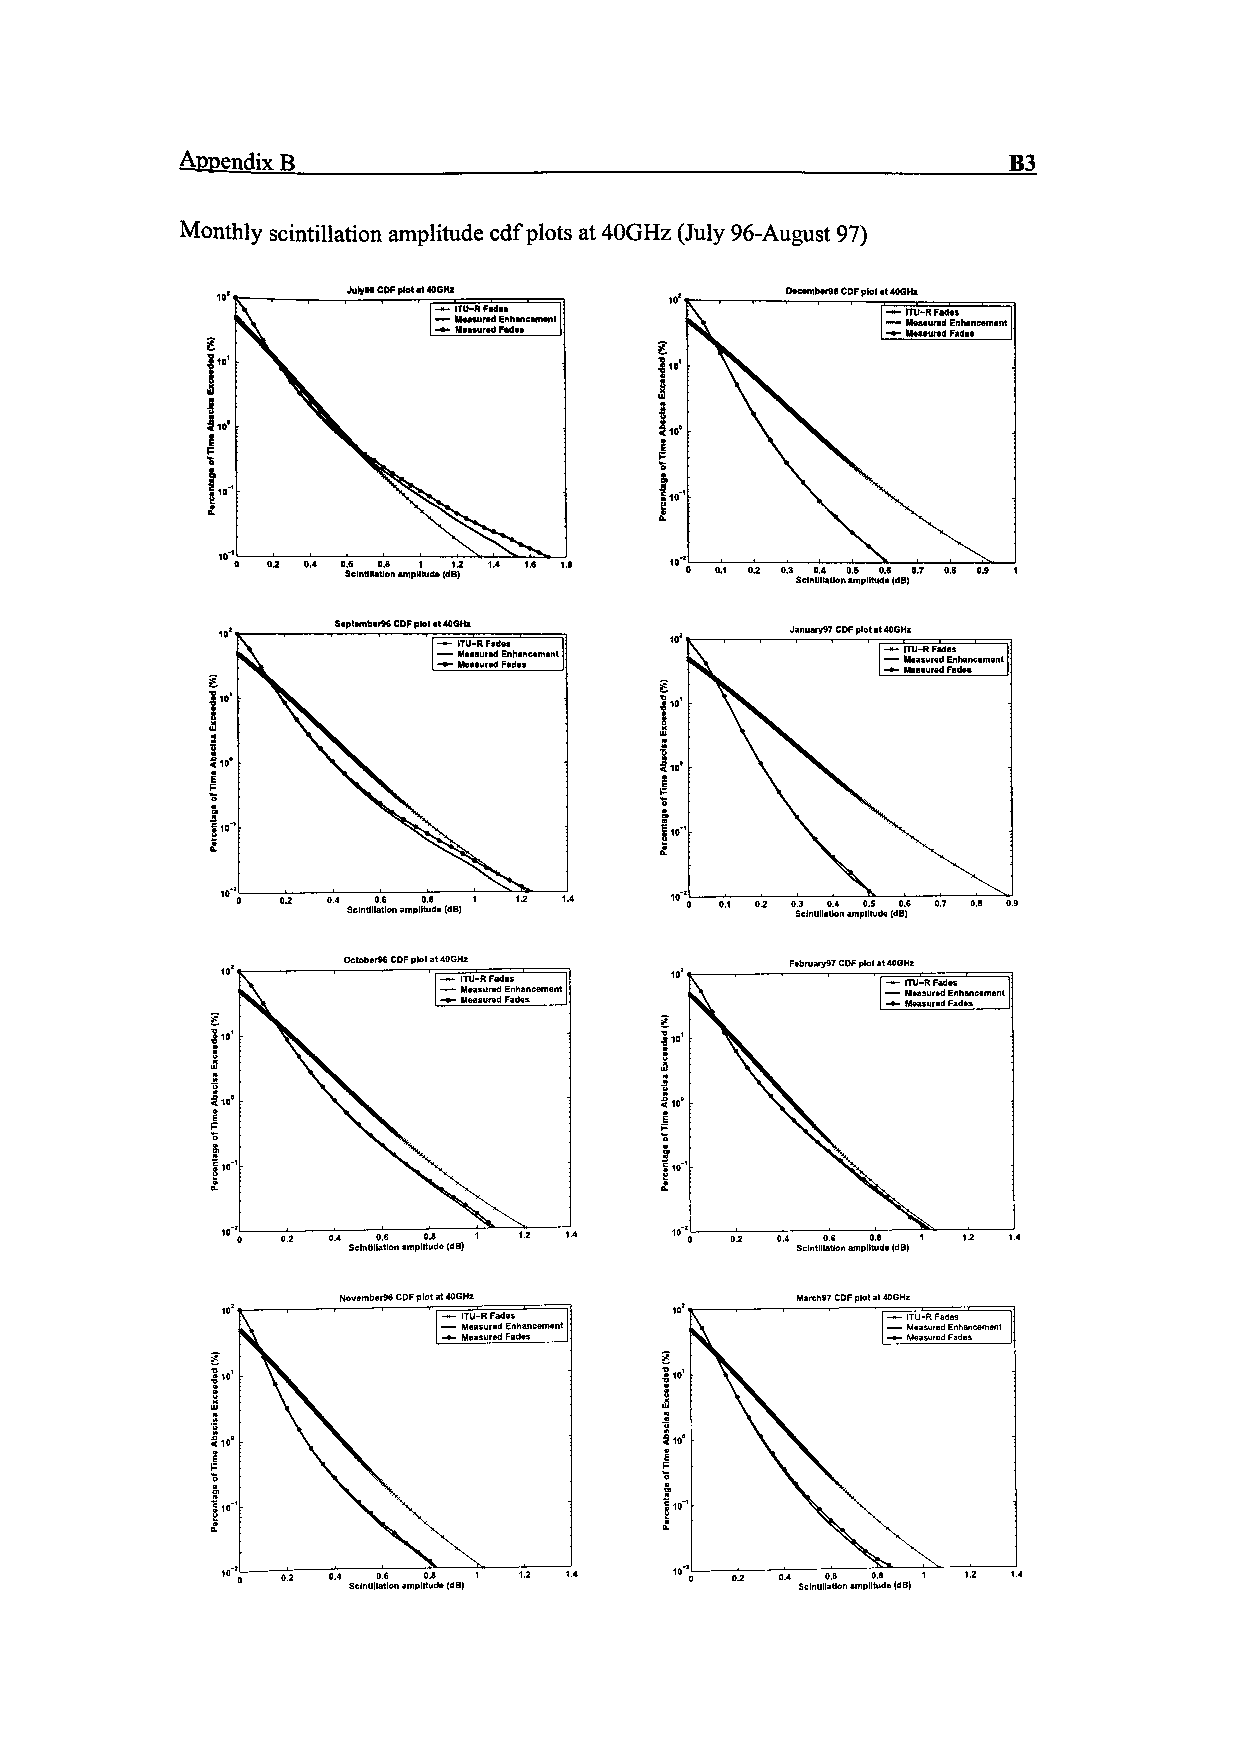
Appendix R                                             B3
 Monthly scintillation amplitude cdf plots at 40GHz (July 96-August 97)
 CDF plot at 40GHz          D*c*mtMr96 CDF plot at 40GHz
 0  0.2 0.4 0.6 0.8 1 1.2 1.4 1.6 1.8 0 0.1 0.2 0.3 0.4 0.5 0.6 0.7 0.8 0.9 1
 Saptamb«r96 CDF plot at MGHz  Januarys? CDF plot at 40GHz
 0.2 0.4 0.6 0.8 1 1.2 1.4
 Scintillation amplitude (dB)  Scintillation amplitude (dB)
 October96 CDF plot at 40GHz  February97 CDF plot al 40GHz
 1  1.2 1.4
 Scintillation amplitude (dB)
 November96 CDF plot at 40GHz   March97CDFplotat40GHz
 0.2 04 0.6 0.8 1
 Scintillation amplitude {dB)  Scintillation amplitude (dB)